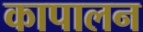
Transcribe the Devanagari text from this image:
कापालन